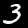
Digit: 3